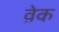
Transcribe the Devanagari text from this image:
व़ेक